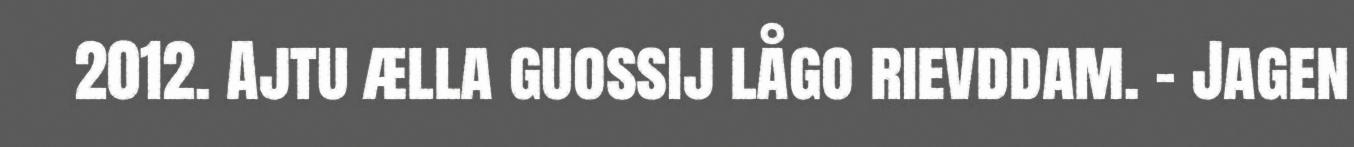
2012. Ajtu ælla guossij lågo rievddam. - Jagen